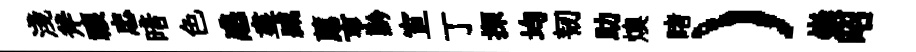
淺斧禳忠暗色感盡臧薦亨黔宣丁探均韧助燠睹）崇昭